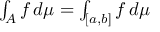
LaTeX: \textstyle { \int _ { A } f \, d \mu = \int _ { [ a , b ] } f \, d \mu }